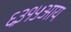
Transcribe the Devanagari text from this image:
६३१५आय